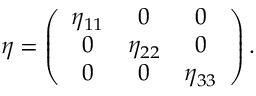
\eta = \left( \begin{array} { c c c } { { \eta _ { 1 1 } } } & { { 0 } } & { { 0 } } \\ { { 0 } } & { { \eta _ { 2 2 } } } & { { 0 } } \\ { { 0 } } & { { 0 } } & { { \eta _ { 3 3 } } } \end{array} \right) .